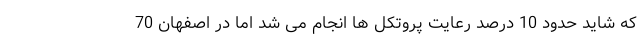
که شاید حدود 10 درصد رعایت پروتکل ها انجام می شد اما در اصفهان 70